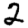
Digit: 2